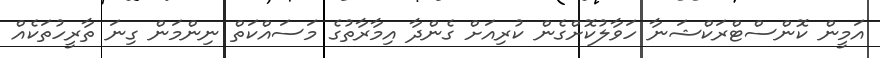
އަމީން ކޮންސްޓްރަކްޝަނާ ހަވާލުކޮށްގެން ކުރިއަށް ގެންދާ އިމާރާތުގެ މަސައްކަތް ނިންމަން ގިނަ ތާރީހުތަކެއް